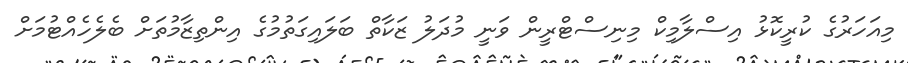
މިއަހަރުގެ ކުރީކޮޅު އިސްލާމިކް މިނިސްޓްރީން ވަނީ މުދަލު ޒަކާތް ބަލައިގަތުމުގެ އިންތިޒާމުތަށް ބެލެހެއްޓުމަށް